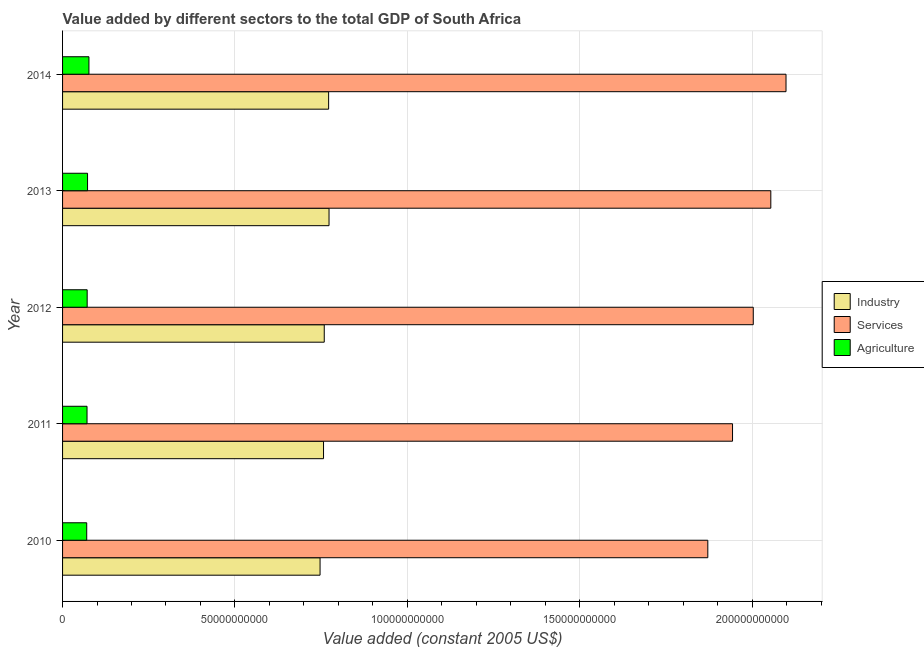
| Year | Industry | Services | Agriculture |
 | --- | --- | --- | --- |
 | 2010 | 7.47e+10 | 1.87e+11 | 7e+09 |
 | 2011 | 7.57e+10 | 1.94e+11 | 7.1e+09 |
 | 2012 | 7.59e+10 | 2e+11 | 7.14e+09 |
 | 2013 | 7.73e+10 | 2.05e+11 | 7.25e+09 |
 | 2014 | 7.72e+10 | 2.1e+11 | 7.65e+09 |